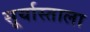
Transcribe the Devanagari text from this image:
सूर्यास्ताला